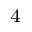
^ 4